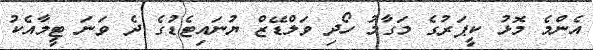
އެންމެ މޮޅު ކީޕަރުގެ މަގާމު ހޯދި ވަލްޑޭޒް ޔުނައިޓެޑުގެ ދެ ވަނަ ޓީމާއެކު